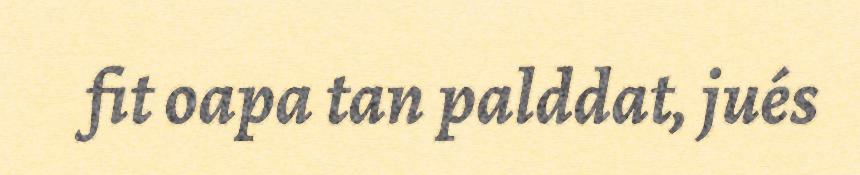
fit oapa tan palddat, jués